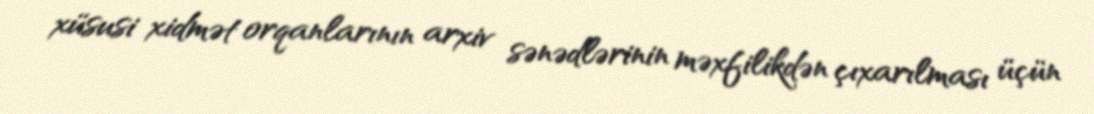
xüsusi xidmət orqanlarının arxiv sənədlərinin məxfilikdən çıxarılması üçün